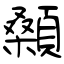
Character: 顙